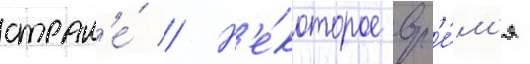
стран'е́ // Н'е́которое вр'е́м'я